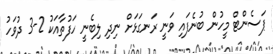
ޕަސެންޓް މީހުން ބުނެފައި ވަނީ ރަނގަޅަށް ނިދި ލިބެނީ ހަފުތާއަކު 2-3 ދުވަހު